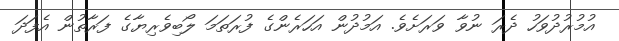
އުމުރުދުވަހު ދެރަ ނުވާ ވަރަށެވެ. އަމުދުން އަހަރެންގެ ފުރަތަމަ ލޯބިވެރިޔާގެ ފަރާތުން އެފަދަ